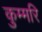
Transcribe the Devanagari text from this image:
कुम्मरि